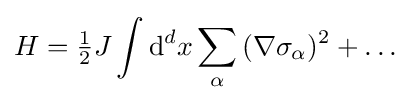
H={\tfrac {1}{2}}J\int {\mathrm {d} ^{d}x\sum _{\alpha }{(\nabla \sigma _{\alpha })^{2}}}+\ldots